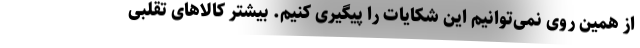
از همین روی نمی‌توانیم این شکایات را پیگیری کنیم. بیشتر کالاهای تقلبی